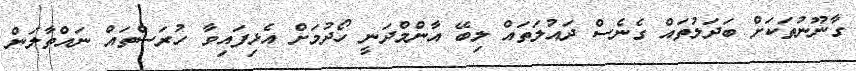
ގާނޫނުތަކަށް ބަދަލުތައް ގެނެސް ދައުލަތައް ލިބޭ އާންމްދަނީ ހޯދުމަށް އެޅިފައިވާ ހުރަސްތައް ނައްތާލަން